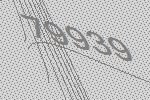
79939